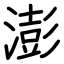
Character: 澎